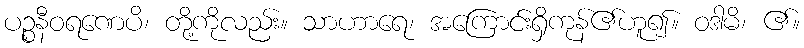
ပဉ္စနီဝရဏေပိ၊ တို့ကိုလည်း။ သာဟာရေ၊ အကြောင်းရှိကုန်၏ဟူ၍။ ဝဒါမိ၊ ၏။